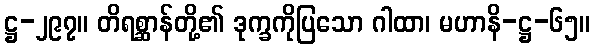
ဋ္ဌ-၂၉၇။ တိရစ္ဆာန်တို့၏ ဒုက္ခကိုပြသော ဂါထာ၊ မဟာနိ-ဋ္ဌ-၆၅။